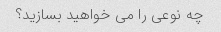
چه نوعی را می خواهید بسازید؟